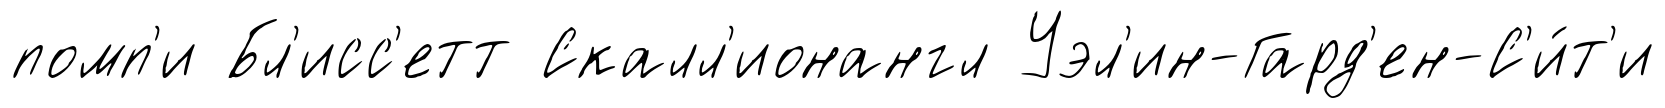
помп'и Бл'исс'етт Скалл'ионангл Уэл'ин-Гард'ен-С'и́т'и